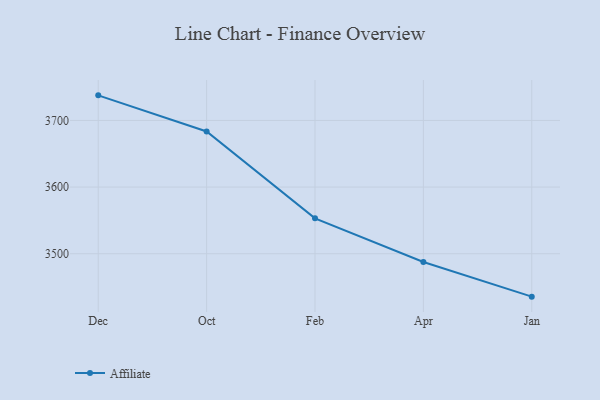
{"axis": {"x": "Month", "y": "Conversion Rate (%)"}, "legend": ["Affiliate"], "data": [{"x": "Dec", "y": 3737.6, "type": "Affiliate"}, {"x": "Oct", "y": 3683.4, "type": "Affiliate"}, {"x": "Feb", "y": 3553.1, "type": "Affiliate"}, {"x": "Apr", "y": 3487.6, "type": "Affiliate"}, {"x": "Jan", "y": 3435.6, "type": "Affiliate"}]}